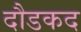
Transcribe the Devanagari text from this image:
दौडकद